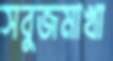
সবুজমাখা